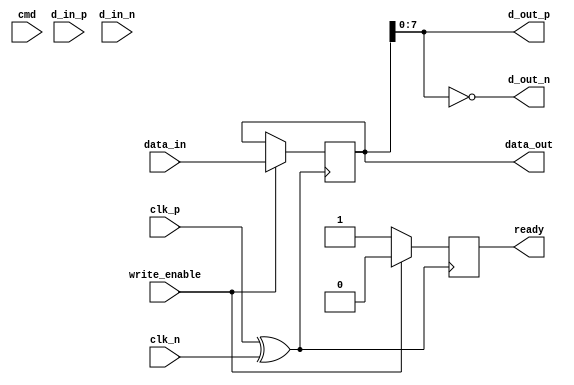
module gddr5x_io_block #(
    parameter DATA_WIDTH = 16, // Width of data lanes
    parameter NUM_LANES = 8,    // Number of lanes
    parameter MAX_DATA_RATE = 14_000_000_000 // Max data rate in bps
)(
    // Differential Signal Interfaces
    input [NUM_LANES-1:0] d_in_p,        // Differential Data Inputs Positive
    input [NUM_LANES-1:0] d_in_n,        // Differential Data Inputs Negative
    output [NUM_LANES-1:0] d_out_p,      // Differential Data Outputs Positive
    output [NUM_LANES-1:0] d_out_n,      // Differential Data Outputs Negative
    input clk_p,                          // Clock Input Positive
    input clk_n,                          // Clock Input Negative

    // Control Signals
    input [3:0] cmd,                      // Command signal for Read/Write
    input write_enable,                   // Write Enable Signal
    output reg ready,                     // Ready Signal for Operations
    output [DATA_WIDTH-1:0] data_out,    // Data Out Signal
    input [DATA_WIDTH-1:0] data_in        // Data In Signal
);

    // Internal Signals
    reg [DATA_WIDTH-1:0] data_reg;
    wire clk_diff;

    // Clock Recovery (simple example)
    assign clk_diff = clk_p ^ clk_n; // Sample differential clock

    // Read/Write Logic
    always @(posedge clk_diff) begin
        if (write_enable) begin
            data_reg <= data_in; // Capture incoming data
        end
    end

    assign data_out = data_reg; // Assign captured data to output

    // Prepare outputs for differential signaling (simple buffering example)
    assign d_out_p = data_reg[DATA_WIDTH-1:0];
    assign d_out_n = ~data_reg[DATA_WIDTH-1:0];

    // Indicate ready status
    always @(posedge clk_diff) begin
        if (write_enable) begin
            ready <= 1'b0; // Not ready while writing
        end else begin
            ready <= 1'b1; // Ready to read or idle
        end
    end

    // Data Encoding and Error Checking (placeholder)
    // Here you would implement 8b/10b encoding or similar techniques

    // Power Management (placeholder)
    // Implement power-saving modes and configurations as needed

    // Termination Control (placeholder)
    // Implement programmable termination settings as needed

    // Timing Parameters (could be checked with a constraints file)

endmodule